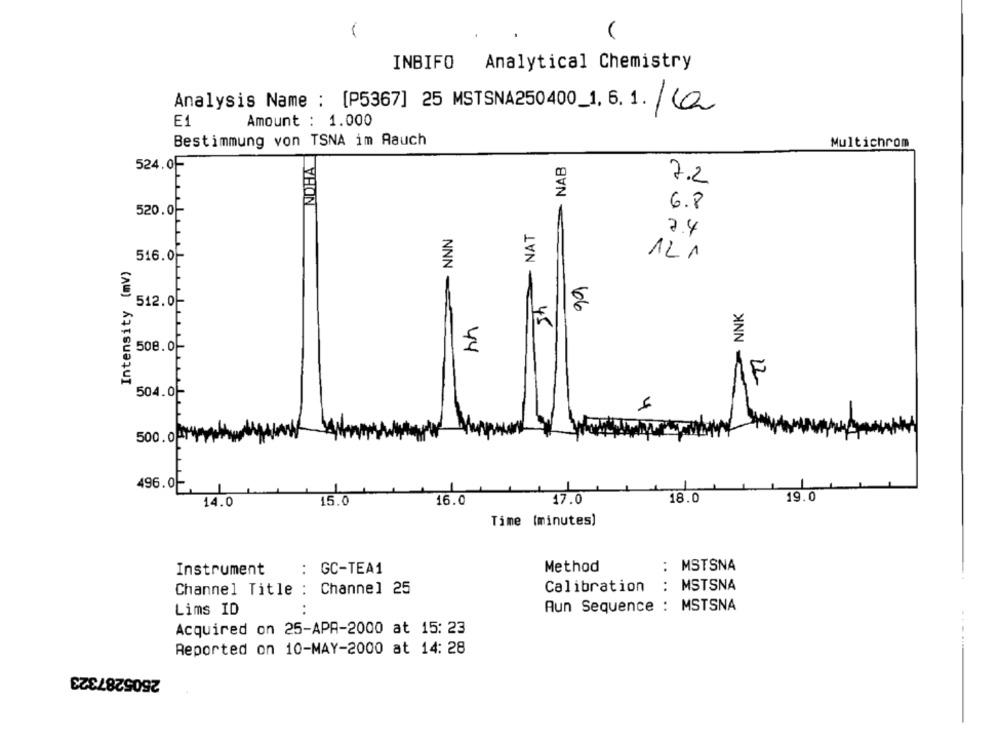
1
INBIFO
Analytical Chemistry
Analysis Name : [P5367] 25 MSTSNA250400_1. 6.1. (a
E1
Amount : 1.000
Bestimmung von TSNA im Rauch
Multichrom
NOHA
NAB
524.0F
7.2
6.8
520.0-
- NNN
- NAT
7.4
516.0-
121
Intensity (mv)
99
sh
512.0-
NNK
508.0
44
F
504.0-
500.0Pry
496.0-
1
19.0
14.0
15.0
16.0
17.0
18.0
Time (minutes)
Instrument
: GC-TEA1
Method
: MSTSNA
: MSTSNA
Channel Title : Channel 25
Calibration
Aun Sequence : MSTSNA
Lims ID
Acquired on 25-APR-2000 at 15: 23
Reported on 10-MAY-2000 at 14: 28
2505287323